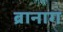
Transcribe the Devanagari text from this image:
ब्रानाग